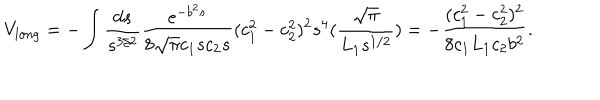
V _ { l o n g } = - \int \frac { d s } { s ^ { 3 / 2 } } \frac { e ^ { - b ^ { 2 } s } } { 8 \sqrt { \pi } c _ { 1 } s c _ { 2 } s } ( c _ { 1 } ^ { 2 } - c _ { 2 } ^ { 2 } ) ^ { 2 } s ^ { 4 } ( \frac { \sqrt { \pi } } { L _ { 1 } s ^ { 1 / 2 } } ) = - \frac { ( c _ { 1 } ^ { 2 } - c _ { 2 } ^ { 2 } ) ^ { 2 } } { 8 c _ { 1 } L _ { 1 } c _ { 2 } b ^ { 2 } } .